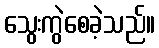
သွေးကွဲစေခဲ့သည်။